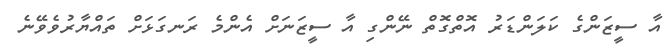
އާ ސީޒަންގެ ކަލަންޑަރު އޮތްގޮތް ނޭންގި އާ ސީޒަނަށް އެންމެ ރަނގަޅަށް ތައްޔާރުވެވޭނެ